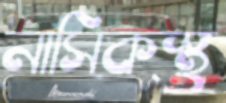
নাসিকস্থ